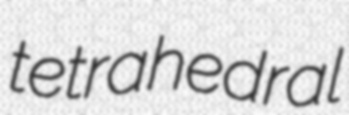
tetrahedral